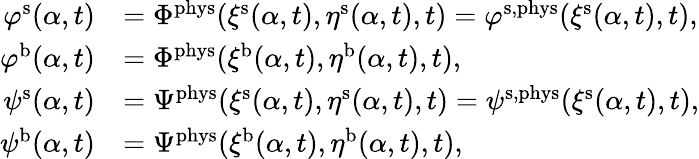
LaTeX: \begin{array}{rl}{\varphi^{\mathrm{s}}(\alpha,t)}&{=\Phi^{\mathrm{phys}}(\xi^{\mathrm{s}}(\alpha,t),\eta^{\mathrm{s}}(\alpha,t),t)=\varphi^{\mathrm{s},\mathrm{phys}}(\xi^{\mathrm{s}}(\alpha,t),t),}\\ {\varphi^{\mathrm{b}}(\alpha,t)}&{=\Phi^{\mathrm{phys}}(\xi^{\mathrm{b}}(\alpha,t),\eta^{\mathrm{b}}(\alpha,t),t),}\\ {\psi^{\mathrm{s}}(\alpha,t)}&{=\Psi^{\mathrm{phys}}(\xi^{\mathrm{s}}(\alpha,t),\eta^{\mathrm{s}}(\alpha,t),t)=\psi^{\mathrm{s},\mathrm{phys}}(\xi^{\mathrm{s}}(\alpha,t),t),}\\ {\psi^{\mathrm{b}}(\alpha,t)}&{=\Psi^{\mathrm{phys}}(\xi^{\mathrm{b}}(\alpha,t),\eta^{\mathrm{b}}(\alpha,t),t),}\end{array}